Problem: 17 + 18 = ?
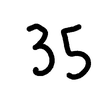
Handwritten answer: 35